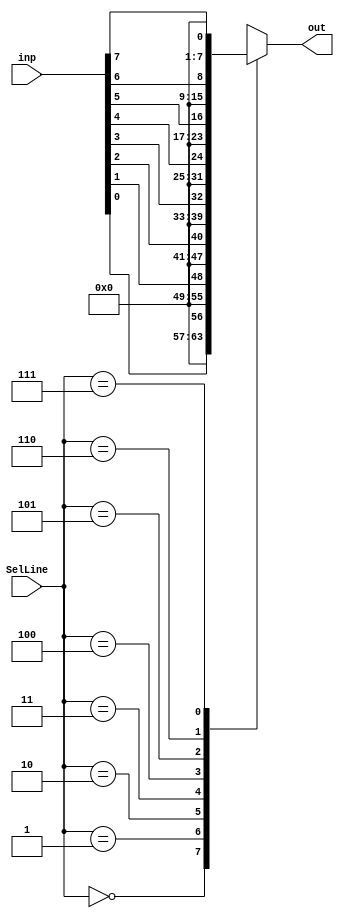
// This program was cloned from: https://github.com/Mahmoud-Abdelraouf/Computer-Organization-and-Architecture
// License: MIT License

module Mux_8_1 (
    input wire [7:0] inp, // 8-bit input data lines
    input wire [2:0] SelLine, // 3-bit select lines
    output reg [7:0] out // 8-bit output
);
    always @(*) begin
        case (SelLine)
            3'b000: out = inp[0]; // Select input 0 when SelLine is 3'b000
            3'b001: out = inp[1]; // Select input 1 when SelLine is 3'b001
            3'b010: out = inp[2]; // Select input 2 when SelLine is 3'b010
            3'b011: out = inp[3]; // Select input 3 when SelLine is 3'b011
            3'b100: out = inp[4]; // Select input 4 when SelLine is 3'b100
            3'b101: out = inp[5]; // Select input 5 when SelLine is 3'b101
            3'b110: out = inp[6]; // Select input 6 when SelLine is 3'b110
            3'b111: out = inp[7]; // Select input 7 when SelLine is 3'b111
            default; // Default case, output 0 if SelLine doesn't match any case
        endcase
    end
endmodule // Mux_8_1